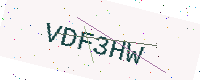
Text: VDF3HW